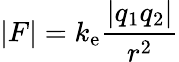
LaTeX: |F|=k_{\mathrm{e}}{\frac{|q_{1}q_{2}|}{r^{2}}}